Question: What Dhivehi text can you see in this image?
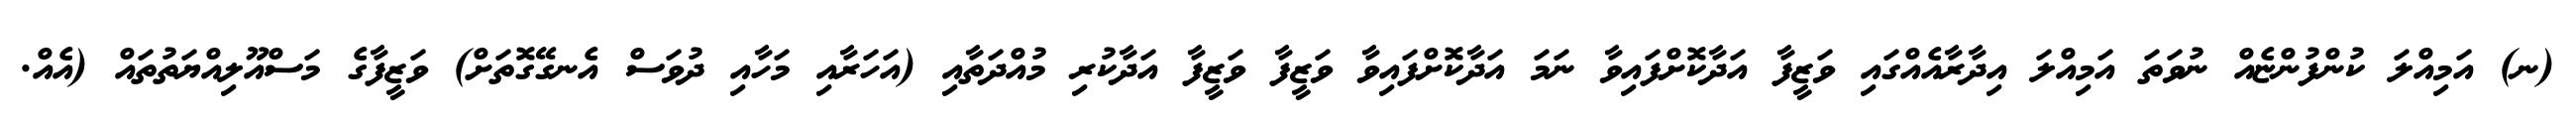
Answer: (ނ) އަމިއްލަ ކުންފުންޏެއް ނުވަތަ އަމިއްލަ އިދާރާއެއްގައި ވަޒީފާ އަދާކޮށްފައިވާ ނަމަ އަދާކޮށްފައިވާ ވަޒީފާ ވަޒީފާ އަދާކުރި މުއްދަތާއި (އަހަރާއި މަހާއި ދުވަސް އެނގޭގޮތަށް) ވަޒީފާގެ މަސްއޫލިއްޔަތުތައް (އެއް.